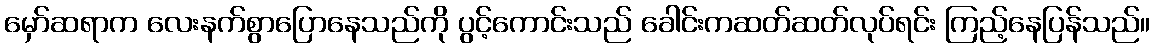
မှော်ဆရာက လေးနက်စွာပြောနေသည်ကို ပွင့်ကောင်းသည် ခေါင်းကဆတ်ဆတ်လုပ်ရင်း ကြည့်နေပြန်သည်။